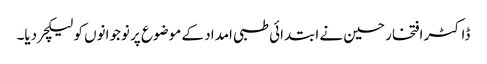
ڈاکٹر افتخار حسین نے ابتدائی طبی امداد کے موضوع پر نوجوانوں کو لیکچر دیا۔